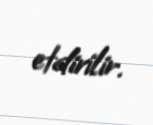
etdirilir.